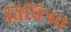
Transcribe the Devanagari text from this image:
विचित्र।।